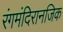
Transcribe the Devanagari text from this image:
रंगमंदिरानजिक